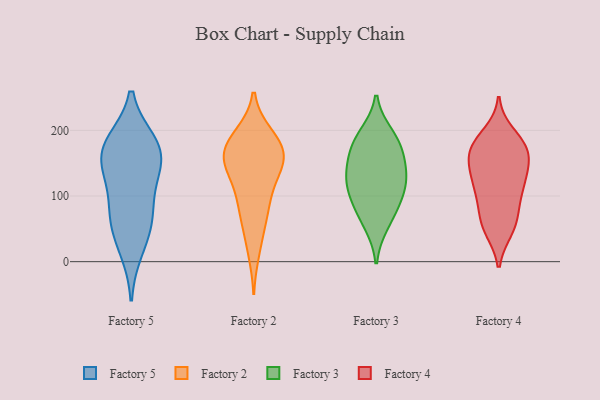
{"axis": {"x": "Website Visitors", "y": "Value"}, "legend": ["Factory 2", "Factory 3", "Factory 4", "Factory 5"], "data": [{"x": "", "y": 147, "type": "Factory 5"}, {"x": "", "y": 170, "type": "Factory 5"}, {"x": "", "y": 181, "type": "Factory 5"}, {"x": "", "y": 181, "type": "Factory 5"}, {"x": "", "y": 65, "type": "Factory 5"}, {"x": "", "y": 19, "type": "Factory 5"}, {"x": "", "y": 125, "type": "Factory 5"}, {"x": "", "y": 56, "type": "Factory 5"}, {"x": "", "y": 83, "type": "Factory 5"}, {"x": "", "y": 156, "type": "Factory 5"}, {"x": "", "y": 16, "type": "Factory 2"}, {"x": "", "y": 159, "type": "Factory 2"}, {"x": "", "y": 191, "type": "Factory 2"}, {"x": "", "y": 192, "type": "Factory 2"}, {"x": "", "y": 54, "type": "Factory 2"}, {"x": "", "y": 129, "type": "Factory 2"}, {"x": "", "y": 72, "type": "Factory 2"}, {"x": "", "y": 169, "type": "Factory 2"}, {"x": "", "y": 98, "type": "Factory 2"}, {"x": "", "y": 140, "type": "Factory 2"}, {"x": "", "y": 156, "type": "Factory 2"}, {"x": "", "y": 94, "type": "Factory 2"}, {"x": "", "y": 180, "type": "Factory 2"}, {"x": "", "y": 163, "type": "Factory 2"}, {"x": "", "y": 154, "type": "Factory 2"}, {"x": "", "y": 174, "type": "Factory 3"}, {"x": "", "y": 150, "type": "Factory 3"}, {"x": "", "y": 118, "type": "Factory 3"}, {"x": "", "y": 180, "type": "Factory 3"}, {"x": "", "y": 193, "type": "Factory 3"}, {"x": "", "y": 94, "type": "Factory 3"}, {"x": "", "y": 82, "type": "Factory 3"}, {"x": "", "y": 130, "type": "Factory 3"}, {"x": "", "y": 57, "type": "Factory 3"}, {"x": "", "y": 126, "type": "Factory 3"}, {"x": "", "y": 179, "type": "Factory 4"}, {"x": "", "y": 122, "type": "Factory 4"}, {"x": "", "y": 104, "type": "Factory 4"}, {"x": "", "y": 72, "type": "Factory 4"}, {"x": "", "y": 48, "type": "Factory 4"}, {"x": "", "y": 195, "type": "Factory 4"}, {"x": "", "y": 172, "type": "Factory 4"}, {"x": "", "y": 53, "type": "Factory 4"}, {"x": "", "y": 113, "type": "Factory 4"}, {"x": "", "y": 167, "type": "Factory 4"}, {"x": "", "y": 125, "type": "Factory 4"}, {"x": "", "y": 141, "type": "Factory 4"}, {"x": "", "y": 180, "type": "Factory 4"}, {"x": "", "y": 153, "type": "Factory 4"}, {"x": "", "y": 98, "type": "Factory 4"}, {"x": "", "y": 49, "type": "Factory 4"}, {"x": "", "y": 139, "type": "Factory 4"}, {"x": "", "y": 74, "type": "Factory 4"}, {"x": "", "y": 179, "type": "Factory 4"}, {"x": "", "y": 159, "type": "Factory 4"}]}